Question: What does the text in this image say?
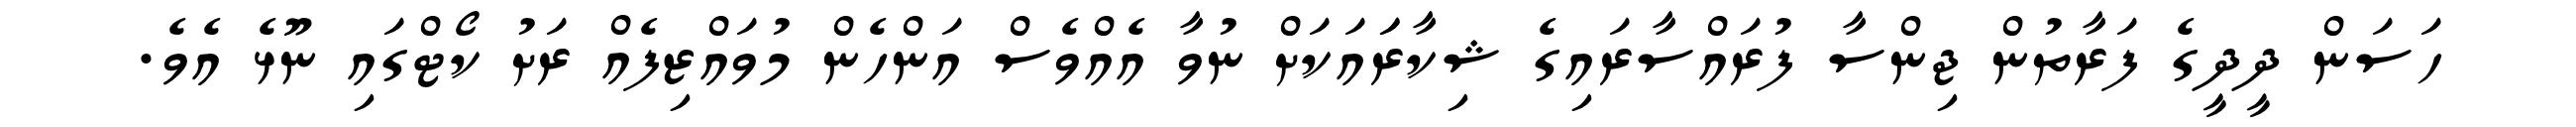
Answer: ހަސަން ދީދީގެ ފަރާތުން ޖިންސާ ފުރައްސާރައިގެ ޝިކާރަައަކަށް ނުވާ އެއްވެސް އަންހެން މުވައްޒިފެއް ރަށު ކޯޓްގައި ނޫޅެ އެވެ.